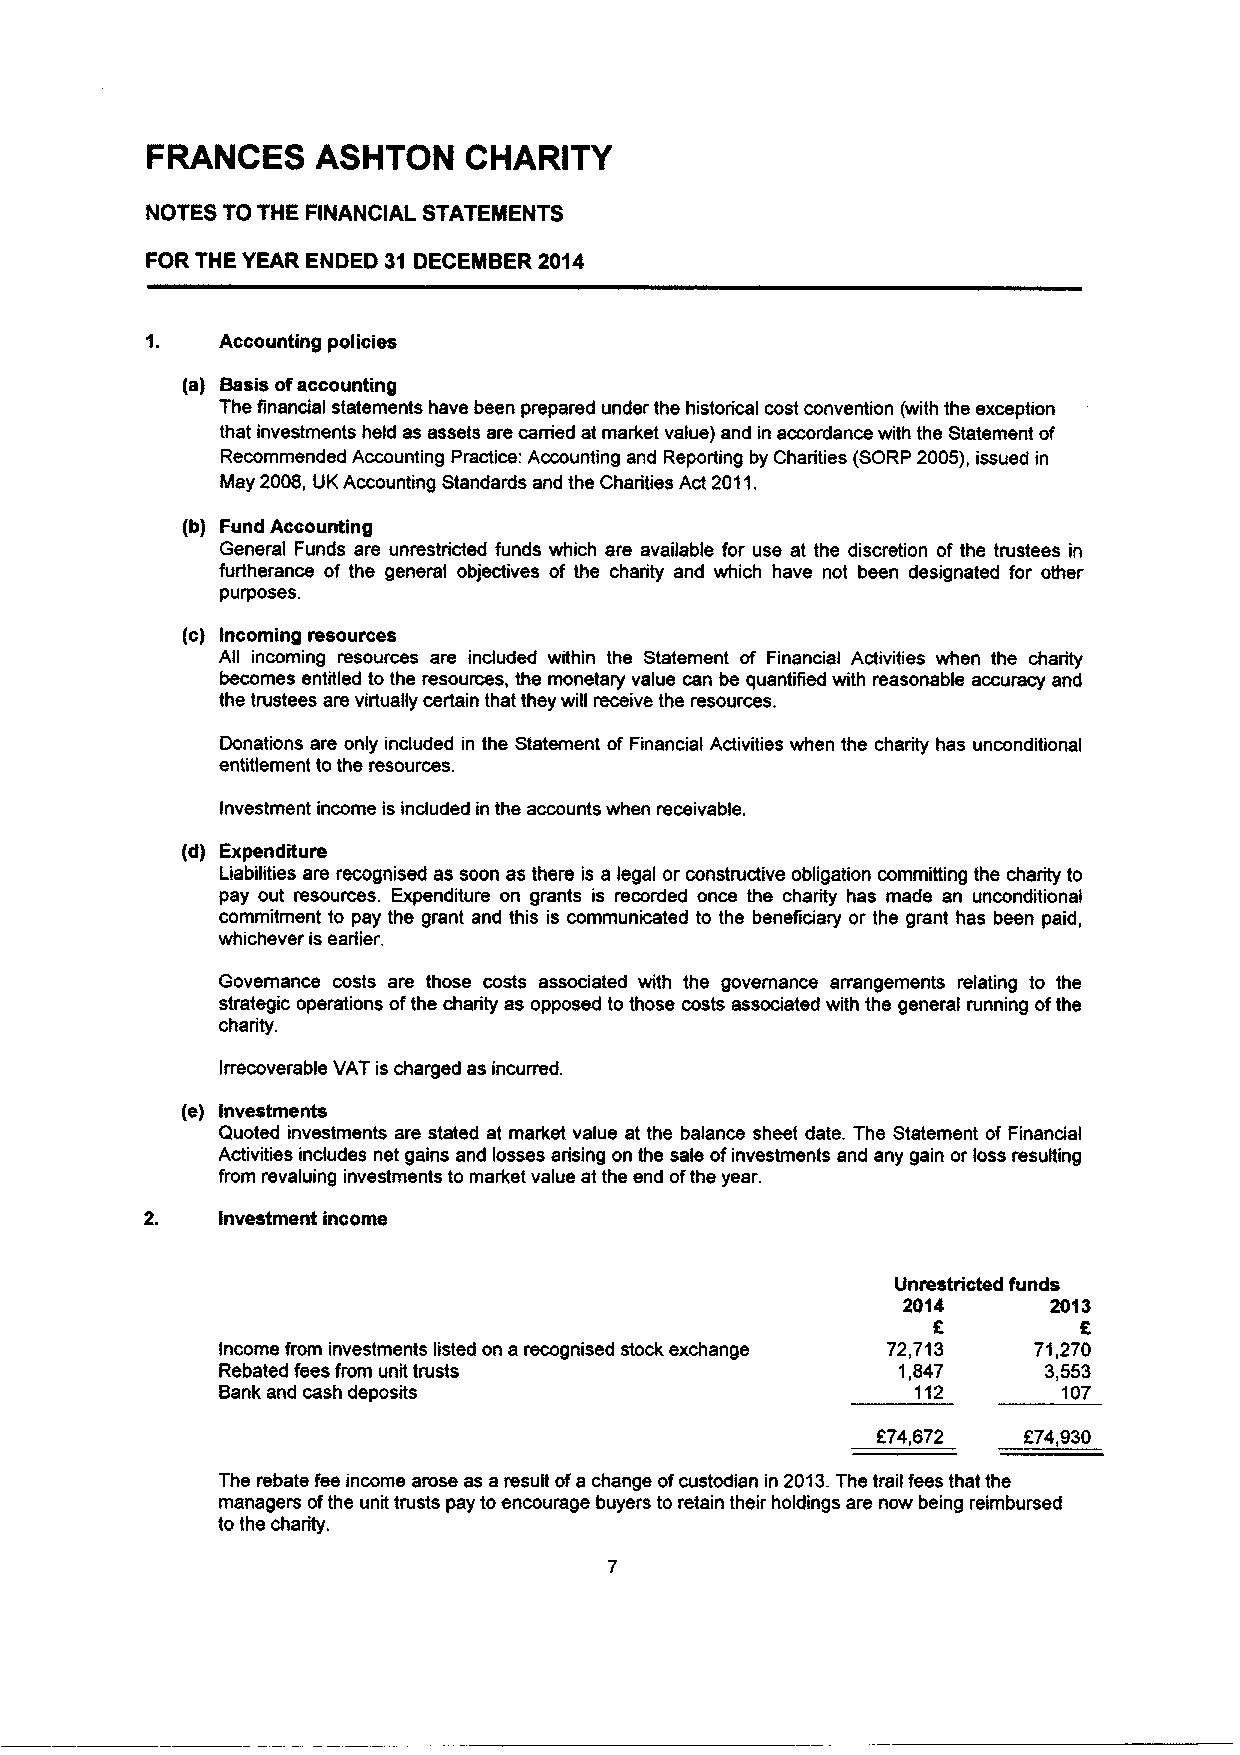
FRANCES    ASHTON    CHARITY
 NOTES TO THE FINANCIAL STATEINENTS
 FOR THE YEAR ENDED 31 DECEMBER 2014
 Accounting policies
 (a) Basis ofaccounting
 The financial statements have been prepared under the historical cost convention (with the exception
 that investments held as assets are carried at market value) and in accordance with the Statement of
 Recommended Accounting Practice: Accounting and Reporting by Charities (SORP 2005), issued in
 May 2008, UKAccounting Standards and the Charities Act 2011.
 (b) Fund Accounting
 General Funds are unrestricted funds which are available for use at the discretion of the trustees in
 furtherance of the general objectives of the charity and which have not been designated for other
 purposes.
 (c) Incoming resources
 All incoming resources are included within the Statement of Financial Activities when the charity
 becomes entitled to the resources, the monetary value can be quantified with reasonable accuracy and
 the trustees are virtually certain that they will receive the resources.
 Donations are only included in the Statement of Financial Activities when the charity has unconditional
 entitiement tothe resources.
 Investment income is included in the accounts when receivable.
 (d) Expenditure
 Liabilities are recognised as soon as there is a legal or constructive obligation committing the charity to
 pay out resources. Expenditure on grants is recorded once the charity has made an unconditional
 commitment to pay the grant and this is communicated to the beneficiary or the grant has been paid,
 whichever is earlier.
 Governance costs are those costs associated with the governance arrangements relating to the
 strategic operations ofthe charity as opposed to those costs associated with the general running ofthe
 charity.
 Irrecoverable VAT is charged as incurred.
 (e) Investments
 Quoted investments are stated at market value at the balance sheet date. The Statement of Financial
 Activities indudes net gains and losses arising on the sale ofinvestments and any gain or loss resulting
 from revaluing investments to market value at the end ofthe year.
 Investment income
 Unrestricted funds
 2014      2013
 R
 Income from investments listed on a recognised stock exchange 72,713 71,270
 Rebated fees from unit trusts                 1,847    3,553
 Bank and cash deposits                         112      107
 874,672   674,930
 The rebate lee income arose as a result ofachange ofcustodian in 2013.The trail fees that the
 managers ofthe unit trusts pay toencourage buyers to retain their holdings are now being reimbursed
 to the charity.